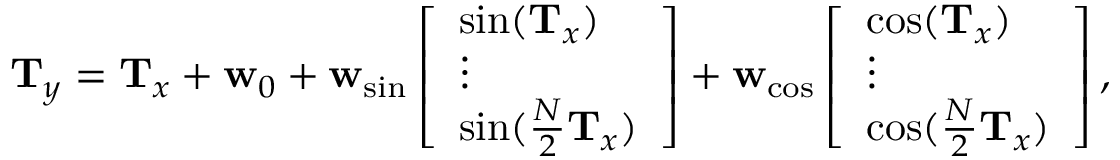
\begin{array} { r } { \mathbf { T } _ { \boldsymbol { y } } = \mathbf { T } _ { \boldsymbol { x } } + \mathbf { w } _ { 0 } + \mathbf { w } _ { \mathrm { s i n } } \left[ \begin{array} { l } { \sin ( \mathbf { T } _ { \boldsymbol { x } } ) } \\ { \vdots } \\ { \sin ( \frac { N } { 2 } \mathbf { T } _ { \boldsymbol { x } } ) } \end{array} \right] + \mathbf { w } _ { \mathrm { c o s } } \left[ \begin{array} { l } { \cos ( \mathbf { T } _ { \boldsymbol { x } } ) } \\ { \vdots } \\ { \cos ( \frac { N } { 2 } \mathbf { T } _ { \boldsymbol { x } } ) } \end{array} \right] , } \end{array}